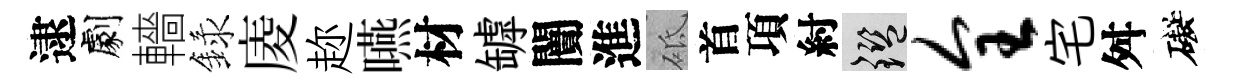
逮劇轖録庱趂嚥材罅闠進砥首項紂鑒全宅舛礙